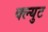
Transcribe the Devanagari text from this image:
क्ल्युट